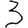
Digit: 3